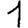
Digit: 1